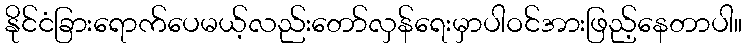
နိုင်ငံခြားရောက်ပေမယ့်လည်းတော်လှန်ရေးမှာပါဝင်အားဖြည့်နေတာပါ။